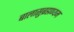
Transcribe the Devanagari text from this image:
बालासुब्रह्मण्यम